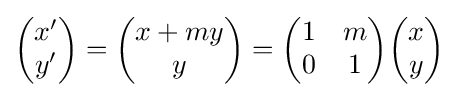
{\begin{pmatrix}x^{\prime }\\y^{\prime }\end{pmatrix}}={\begin{pmatrix}x+my\\y\end{pmatrix}}={\begin{pmatrix}1&m\\0&1\end{pmatrix}}{\begin{pmatrix}x\\y\end{pmatrix}}